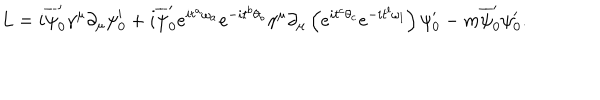
L = i \overline { { { \psi } } } _ { 0 } ^ { \prime } { \gamma } ^ { \mu } { \partial } _ { \mu } { \psi } _ { 0 } ^ { \prime } + i \overline { { { \psi } } } _ { 0 } ^ { \prime } e ^ { i { t } ^ { a } { \omega } _ { a } } e ^ { - i { t } ^ { b } { \theta } _ { b } } { \gamma } ^ { \mu } \partial _ { \mu } \left( e ^ { i { t } ^ { c } { \theta } _ { c } } e ^ { - i { t } ^ { l } { \omega } _ { l } } \right) { \psi } _ { 0 } ^ { \prime } - m \overline { { { \psi } } } _ { 0 } ^ { \prime } { \psi } _ { 0 } ^ { \prime } .